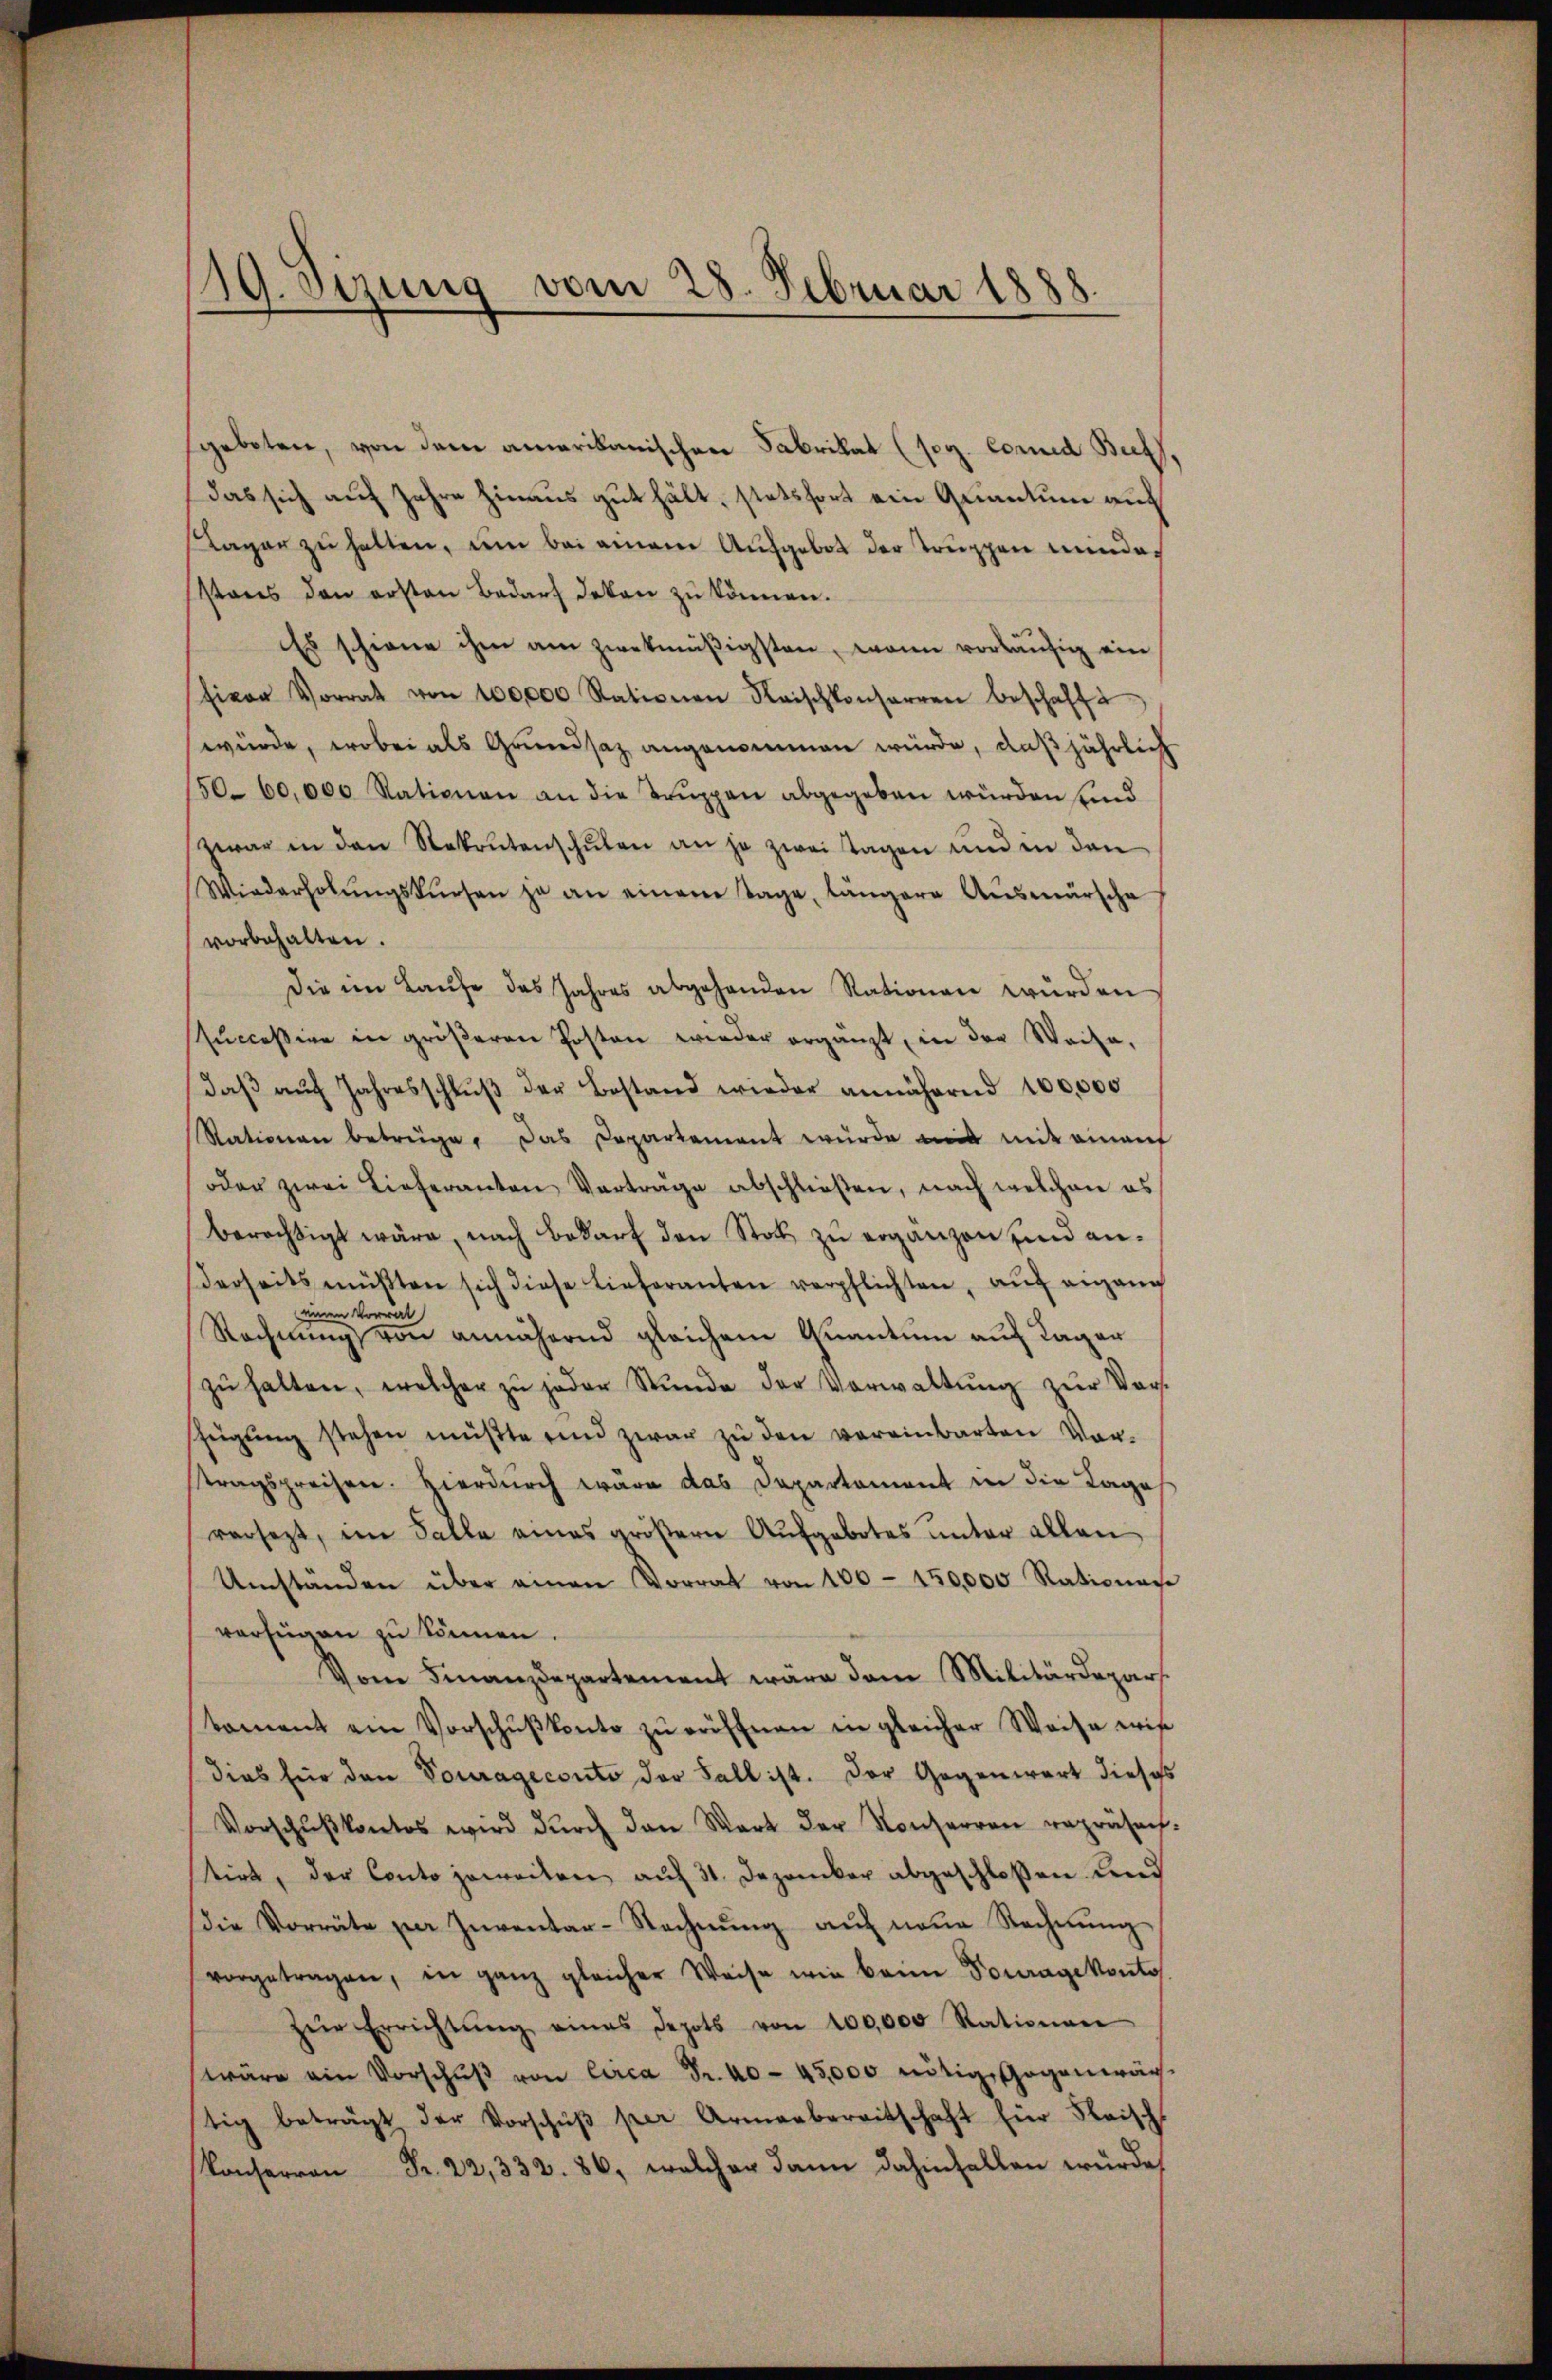
19. Sizung vom 28. Februar 1888.

sgebeten, von dem amerikanischen Fabrikat (sog. Comed Buff,
das sich auf Jahre hinaus gut hält, stetsfort ein Quantum auf
Lager zu halten, um bei einem Aufgebot der Truppen minde¬
Ptans den ersten Bedarf daten zŭ können.
Es schiene ihm am zwekmäßigsten, wann vorläufig ein
hior Vorrat von 100,000 Rationen Raischkonserren beschafft
würde, wobei als Grundsaz angenommen würde, daß jährlich
150. 60,000 Rationen an die Trŭppen abgegeben würden sind
zwar in den Rekrutenschŭlen an je zwei Tagen und in den
Wiederholŭngskursen ja an einem Tage, längere Aŭsmärsche
vorbehalten.
Die im Laŭfe das Jahres abgehenden Rationen würden
sŭccessive in gröβeren Posten wieder ergänzt, in der Weise,
daβ aŭf Jahresschlŭβ der Bestand wieder annähernd 100,000
Rationen betrüge. Das Departement würde mit mit einem
oder zwei Lieferanten Verträge abschließen, nach welchen es
Berechtigt wäre, nach Bedarf den Stol zu ergänzen sind anderseits müßten sich diese Lieferanten verpflichten, auf eigen
einen Vorrat
Rechnung von annähernd gleichem Quantum auf Lager
zŭ halten, welcher zŭ jeder Stŭnde der Vorwaltŭng zŭr Ver-
zügŭng stehen müßte und zwar zu den vereinbarten Vor-
stragspreisen. Hierdurch wäre das Departement in die Tage
versezt, im Falle eines größern Aufgebotes unter allen
Umständen über einen Vorrat von 100 - 150,000 Rationes
verfügen zu können.
Vom Finanzdepartement wäre dem Militärdepar
toment ein Vorschŭβkonto zŭ eröffnen in gleicher Weise wis
dies für den Tourageconto der Fall ist. Der Gegenwart dieses
Vorschŭβkontos wird dŭrch den Wart der Konserren repräsen
tirt, der Conto jeweiten aŭf 31. Dezember abgeschlossen und
die Vorräte per Inventar-Rechnung auf neue Rechnung
vorgetragen, in ganz gleicher Weise wie beim Fourage konto.
zŭr Errichtŭng eines Depots von 100,000 Rationen
wäre ein Vorschŭβ von Circa Fr. 40 - 45,000 nötige Gegenwärtig beträgt der Vorschŭβ per Armenbereitschaft für Fleisch
Konserren Fr. 22, 332. 86, welcher dann dahinfallen würde,